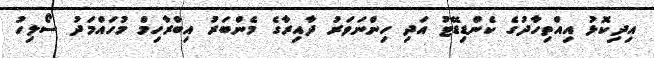
އިދިކޮޅު އިއްތިހާދުގެ ކެންޑިޑޭޓު އަދި ހިންނަވަރު ދާއިރާގެ މެންބަރު އިބްރާހިމް މުހައްމަދު ސޯލިހު